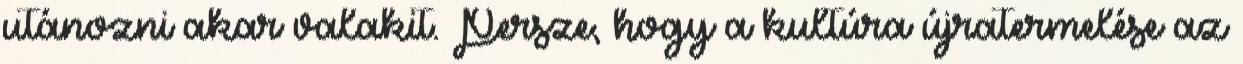
utánozni akar valakit. Persze, hogy a kultúra újratermelése az